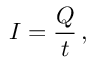
I = { \frac { Q } { t } } \, ,